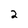
Character: 2